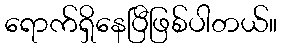
ရောက်ရှိနေပြီဖြစ်ပါတယ်။